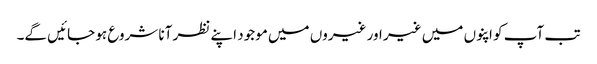
تب آپ کو اپنوں میں غیر اور غیروں میں موجود اپنے نظر آنا شروع ہو جائیں گے۔